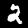
Label: 2